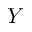
Y